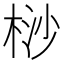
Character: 桫